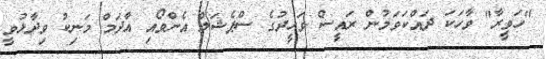
"ހަވީރާ" ވާހަކަ ދައްކަވަމުން ރައީސް ވަހީދުގެ ސްޕެޝަލް އެންވޯއި އާދަމް މަނިކު ވިދާޅުވީ